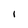
Character: I